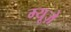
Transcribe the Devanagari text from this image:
म्यूज़े